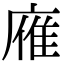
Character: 䧹